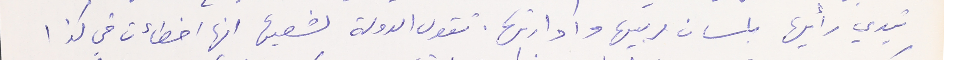
تبدي رأيها بلسان مربيها وادارتها. تقول الدولة لشعبها انها اخطأت في كذا